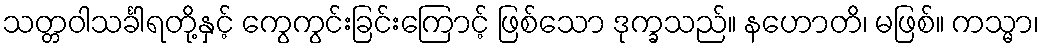
သတ္တဝါသင်္ခါရတို့နှင့် ကွေကွင်းခြင်းကြောင့် ဖြစ်သော ဒုက္ခသည်။ နဟောတိ၊ မဖြစ်။ ကသ္မာ၊